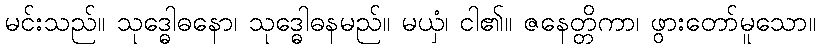
မင်းသည်။ သုဒ္ဓေါဓနော၊ သုဒ္ဓေါဓနမည်။ မယှံ၊ ငါ၏။ ဇနေတ္တိကာ၊ ဖွားတော်မူသော။